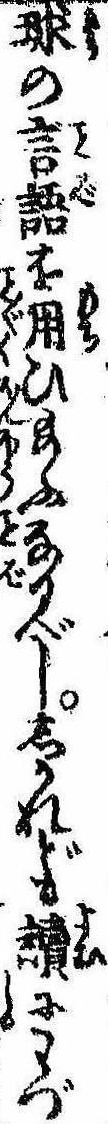
球の言語を用ひ給ふなるべししかれども読にわづ